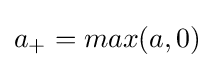
a_{+}=max(a,0)